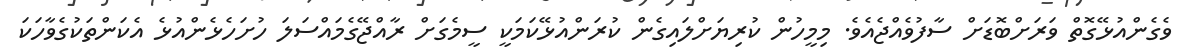
ވެގެންއުޅޭގޮތް ވަރަށްބޮޑަށް ސާފުވެއްޖެއެވެ. މިމީހުން ކުރިޔަށްލައިގެން ކުރަންއުޅޭކަމަކީ ސީމެގަށް ރާއްޖޭގެމައްސަލަ ހުށަހެޅެންއުޅެ އެކަންތަކުގެވާހަކަ